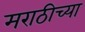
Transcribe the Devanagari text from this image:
मराठीच्‍या